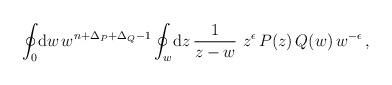
LaTeX: \begin{align*}\oint_0 \! \mathrm{d} w \, w^{n+\Delta_P+\Delta_Q-1}\oint_w \! \mathrm{d} z \, \frac{1}{z-w} \, \,z^{\epsilon} \, P(z) \, Q(w) \, w^{-\epsilon} \, ,\end{align*}